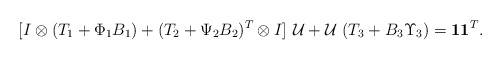
\begin{align*}[ I\otimes (T_1+\Phi_1B_1)+(T_2+\Psi_2B_2)^T\otimes I ]\,\, \mathcal{U}+\mathcal{U}\,\, (T_3+B_3\Upsilon_3 )={\mathbf 1}{\mathbf 1}^T .\end{align*}